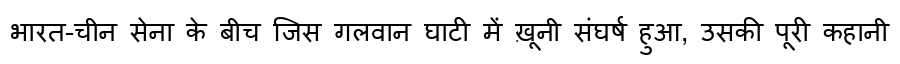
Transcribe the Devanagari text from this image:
भारत-चीन सेना के बीच जिस गलवान घाटी में ख़ूनी संघर्ष हुआ, उसकी पूरी कहानी